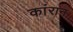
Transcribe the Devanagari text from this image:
कांरान